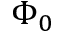
\Phi _ { 0 }